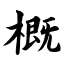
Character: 概